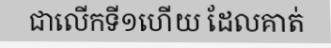
ជាលើកទី១ហើយ ដែលគាត់